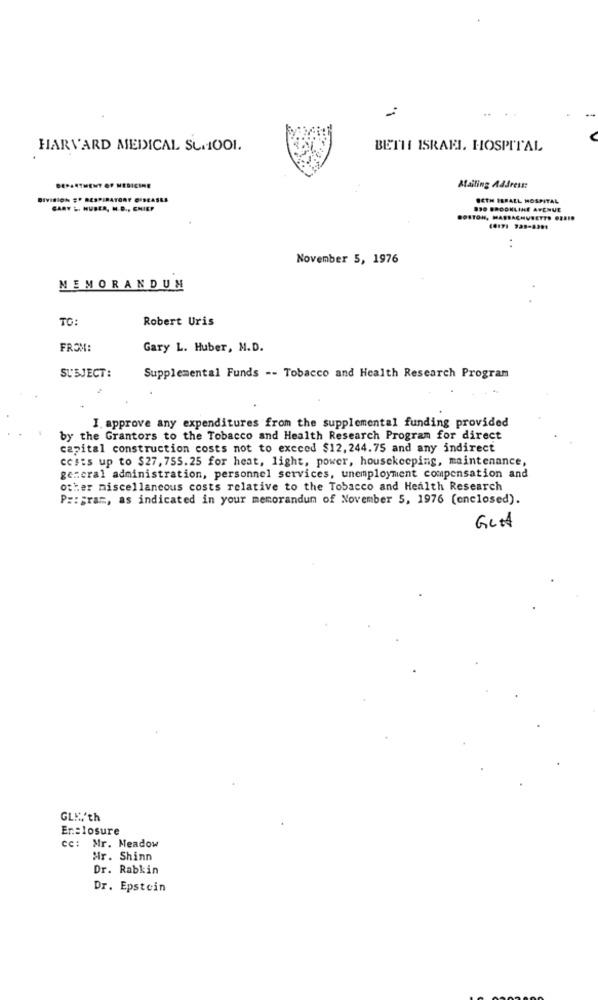
HARVARD MEDICAL SU1001.
BETH ISRAEL. HOSPITAL
DEPARTMENT OF MEDICINE
Atailing Address:
DIVISION ## RESPIRATORY DISEASES
BETH ISRAEL HOSPITAL
CARY &. HUBER, M.D ., CHIEF
830 BROOKLINE AVENUE
BOSTON, MASSACHUSETTS GERED
00171 328-8391
November 5, 1976
MEMORANDUM
TO:
Robert Uris
FROM:
Gary L. Huber, M.D.
SUBJECT:
Supplemental Funds -- Tobacco and Health Research Program
I approve any expenditures from the supplemental funding provided
by the Grantors to the Tobacco and Health Research Program for direct
capital construction costs not to exceed $12, 244.75 and any indirect
costs up to $27, 755.25 for heat, light, power, housekeeping, maintenance,
general administration, personnel services, unemployment compensation and
other miscellaneous costs relative to the Tobacco and Health Research
P :: gram, as indicated in your memorandum of November 5, 1976 (enclosed).
GLA
GLK,'th
Enclosure
cc: Mr. Meadow
Mr. Shinn
Dr. Rabkin
Dr. Epstein